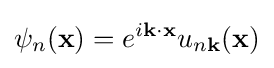
\psi _{n}({\mathbf {x} })=e^{i\mathbf {k} \cdot \mathbf {x} }u_{n\mathbf {k} }(\mathbf {x} )